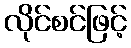
လိုင်စင်ဖြင့်